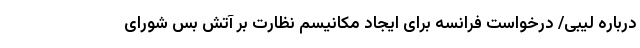
درباره لیبی/ درخواست فرانسه برای ایجاد مکانیسم نظارت بر آتش بس شورای